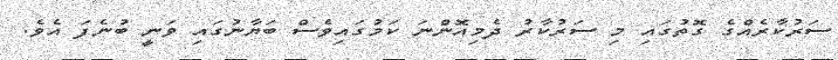
ސަރުކާރެއްގެ ގޮތުގައި މި ސަރުކާރު ދެމިއޮންނަ ކަމުގައިވެސް ބަޔާނުގައި ވަނީ ބުނެފަ އެވެ.